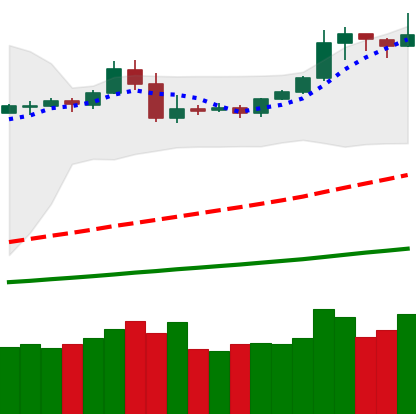
Ticker: BTC-USD
Chart end date: 2019-05-07
Forward return: 19.605%
Label: up_7plus